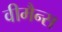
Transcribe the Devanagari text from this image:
वीमैन्स